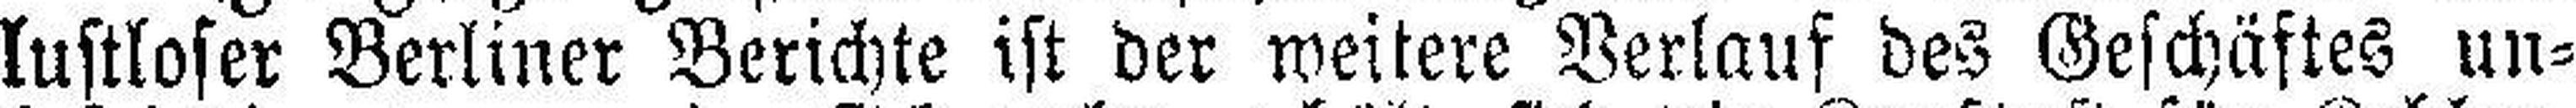
lustloser Berliner Berichte ist der weitere Verlauf des Geschäftes un¬